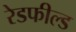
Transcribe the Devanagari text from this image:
रेडफील्ड